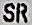
SR